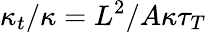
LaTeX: \kappa_{t}/\kappa=L^{2}/A\kappa\tau_{T}